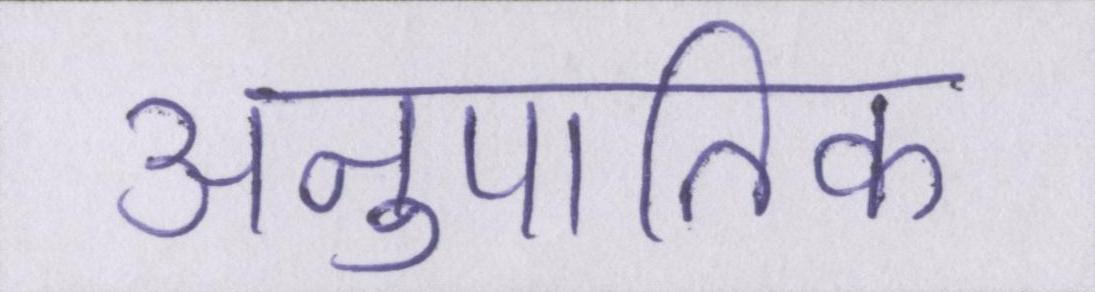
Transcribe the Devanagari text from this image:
अनुपातिक